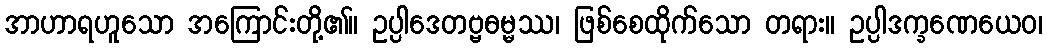
အာဟာရဟူသော အကြောင်းတို့၏။ ဥပ္ပါဒေတဗ္ဗဓမ္မဿ၊ ဖြစ်စေထိုက်သော တရား။ ဥပ္ပါဒက္ခဏေယေဝ၊